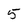
Character: 5